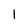
Character: 1